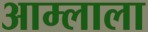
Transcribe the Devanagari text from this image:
आम्लाला